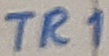
Text: TR1